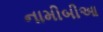
નામીબીઆ